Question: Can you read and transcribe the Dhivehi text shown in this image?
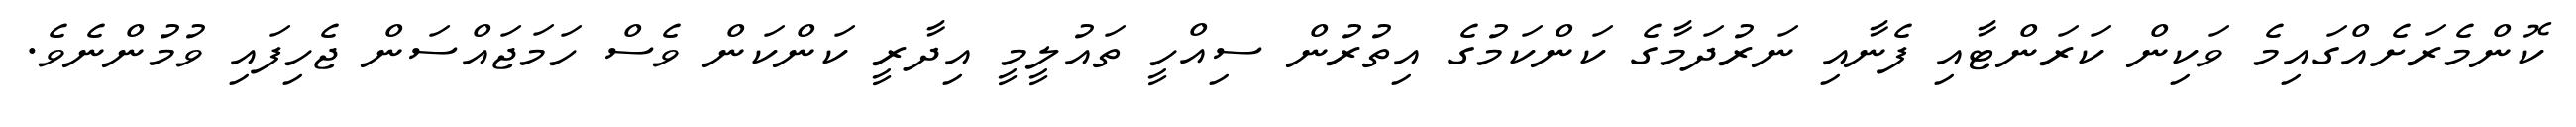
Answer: ކޮންމެރަށެއްގައިމެ ވަކިން ކަރަންޓާއި ފެނާއި ނަރުދަމާގެ ކަންކަމުގެ އިތުރުން ސިއްހީ ތައުލީމީ އިދާރީ ކަންކަން ވެސް ހަމަޖައްސަން ޖެހިފައި ވުމުންނެވެ.